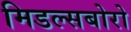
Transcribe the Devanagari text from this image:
मिडल्सबोरो